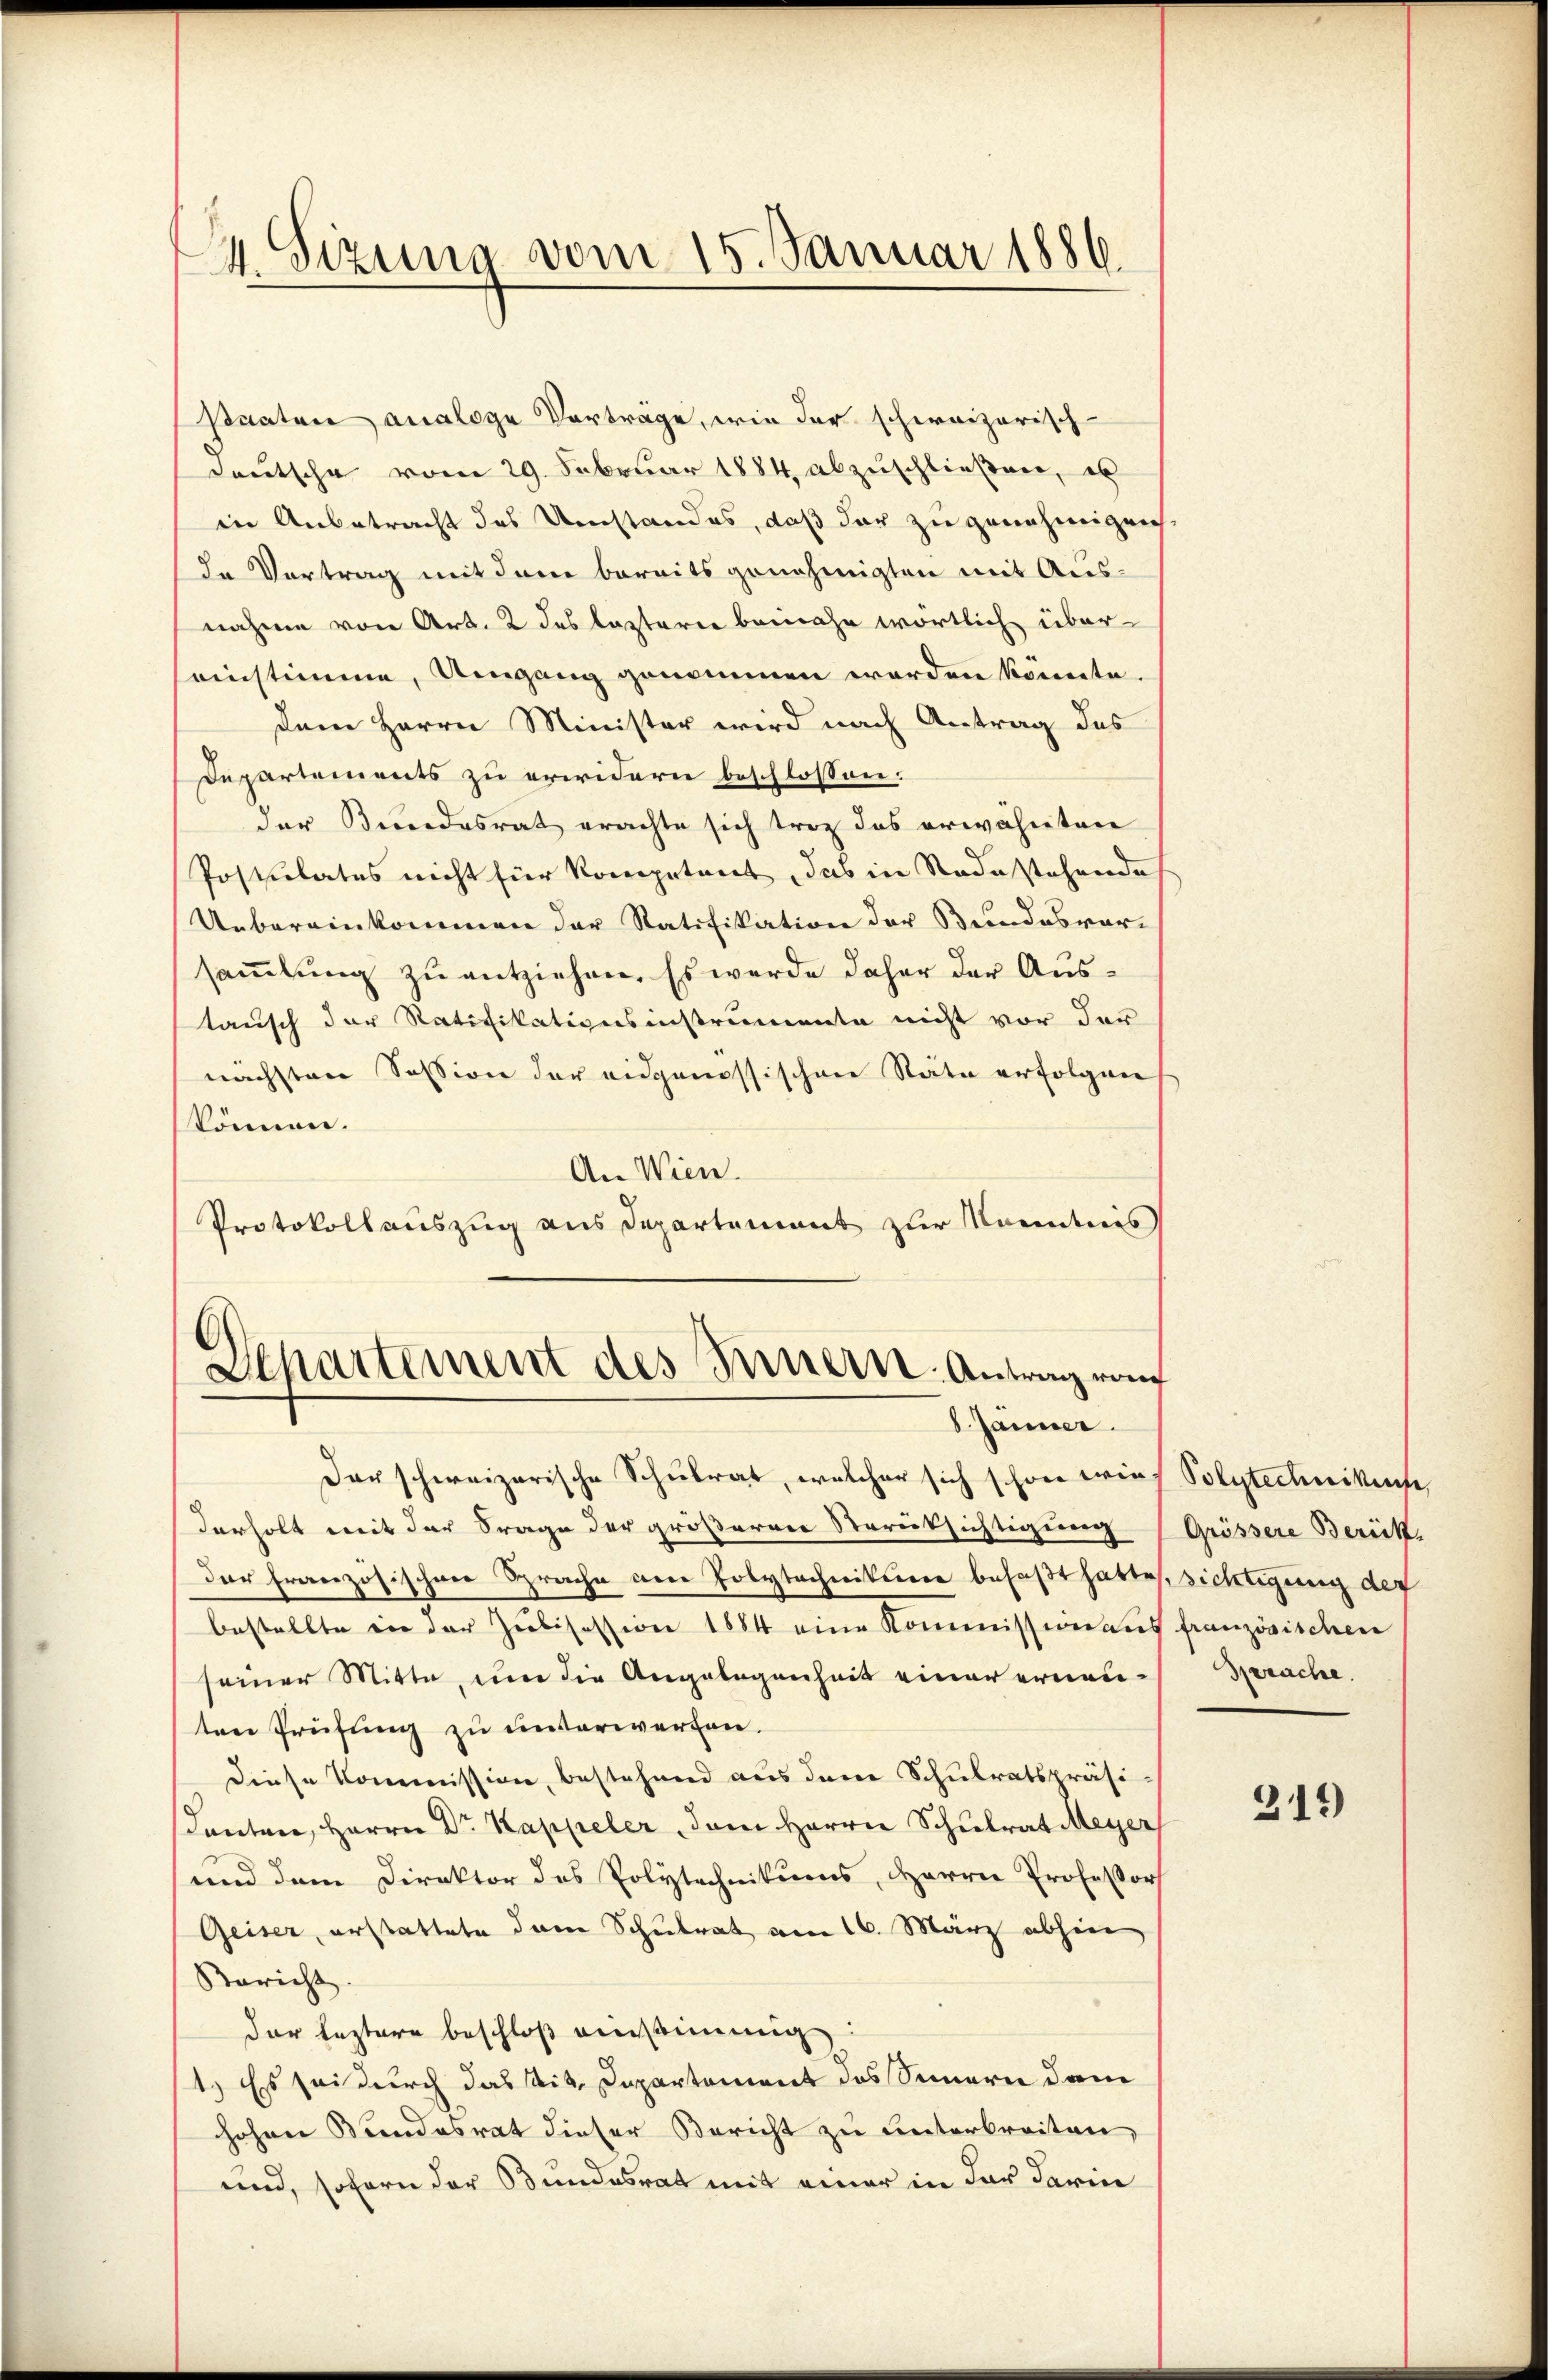
24. Sizung vom 15. Januar 1886.

Baaten analoge Vorträge, wie der schweizerisch
Deutsche vom 29. Februar 1884 abzuschließen, es
in Anbetracht des Umstandes, daß der zu genehmigen
de Vertrag mit dem bereitsgenehmigten mit Aus-
nahme von Art. 2 des lezterer beinahe wörtlich übereinstimme, Umgang genommen werden könnte.
dem Herrn Minister wird nach Antrag des
Departements zu erwidern beschlossen:
der Bundesrat erachte sich trotz das erwähnten
Postulates nicht für Kompetenet, das in Stadestehende
Uebereinkommen der Ratifikation der Bundesvor-
sammlung zu entziehen. Es werde daher der Austausch der Ratifikationsinstrumente nicht vor der
nächsten Session der eidgenössischen Stäte erfolgen
können.
An Wien.
Protokollauszug aus Departement zur Kenntnis
Departement des Innern. Antrag von

8. Jänner.

Der schweizerische Schulrat, welcher sich schon wie Polytechnikus,
Verholt mit der Frage der größerer Sterüksichtigung Grössere Berück
der Französischen Sprache am Polytechnittere befaßt hatte,
bestellte in der Zubisession 1884 eine Kommission aus
seiner Mitte, um die Angelegenheit einer ernenten Prüfung zu unterwerfen.
diese Kommission, bestehend aus dem Schulratspräsi-
danten, Herrn Dr. Kappeler, dem Herrn Schulrat Meyer
und dem Direktor des Polytechnikums, Harrer Professor
Geiser, erstattete dem Schulrat am 16. März abhin
Bericht.
der leztere beschloß ausstimmig
1.) Es sei durch das tit. Departement das Sinnern dam
hohen Bundesrat dieser Bericht zu unterbreiten,
und, sofern der Bundesrat mit einer in der darin

sichtigung der
französischen
Sprache.

319